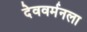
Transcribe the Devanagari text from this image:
देववर्मनला